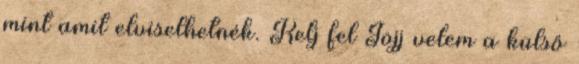
mint amit elviselhetnék. Kelj fel Jöjj velem a külső